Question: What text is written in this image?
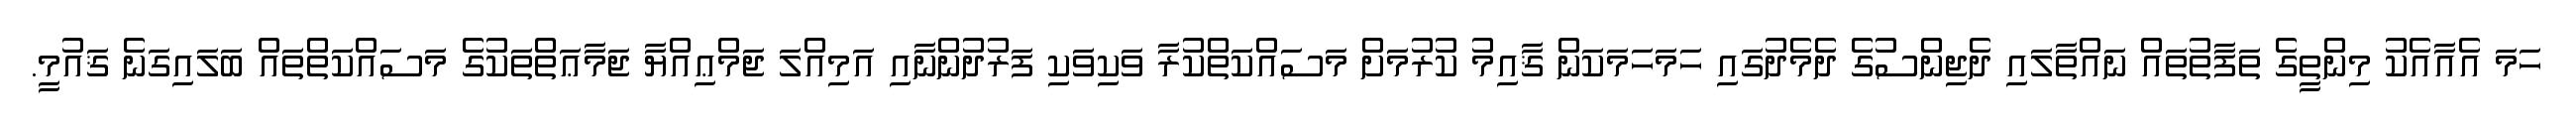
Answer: ހަމަ އެއާއެކު މިންތީގެ ތަފާތުތައް ނައްތާލައި ދެޖިންސުގެ ދެމެދުގައި ހަމަހަމަކަން ޤާއިމު ކުރުމަށް މަސައްކަތްކުރާ ވަކިވަކި ފަރުދުންނާއި އަމިއްލަ ޖަމްޢިއްޔާ ޖަމާޢަތްތަކުގެ މަސައްކަތްތައް ބަލައިގަނެ ޤައުމީ.